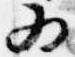
為